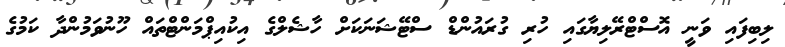
ލިބިފައި ވަނީ އޮސްޓްރޭލިޔާގައި ހުރި ގުރައުންޑް ސްޓޭޝަނަކަށް ހާޝެލްގެ އިކުއިޕްމަންޓްތައް ހޫނުވަމުންދާ ކަމުގެ